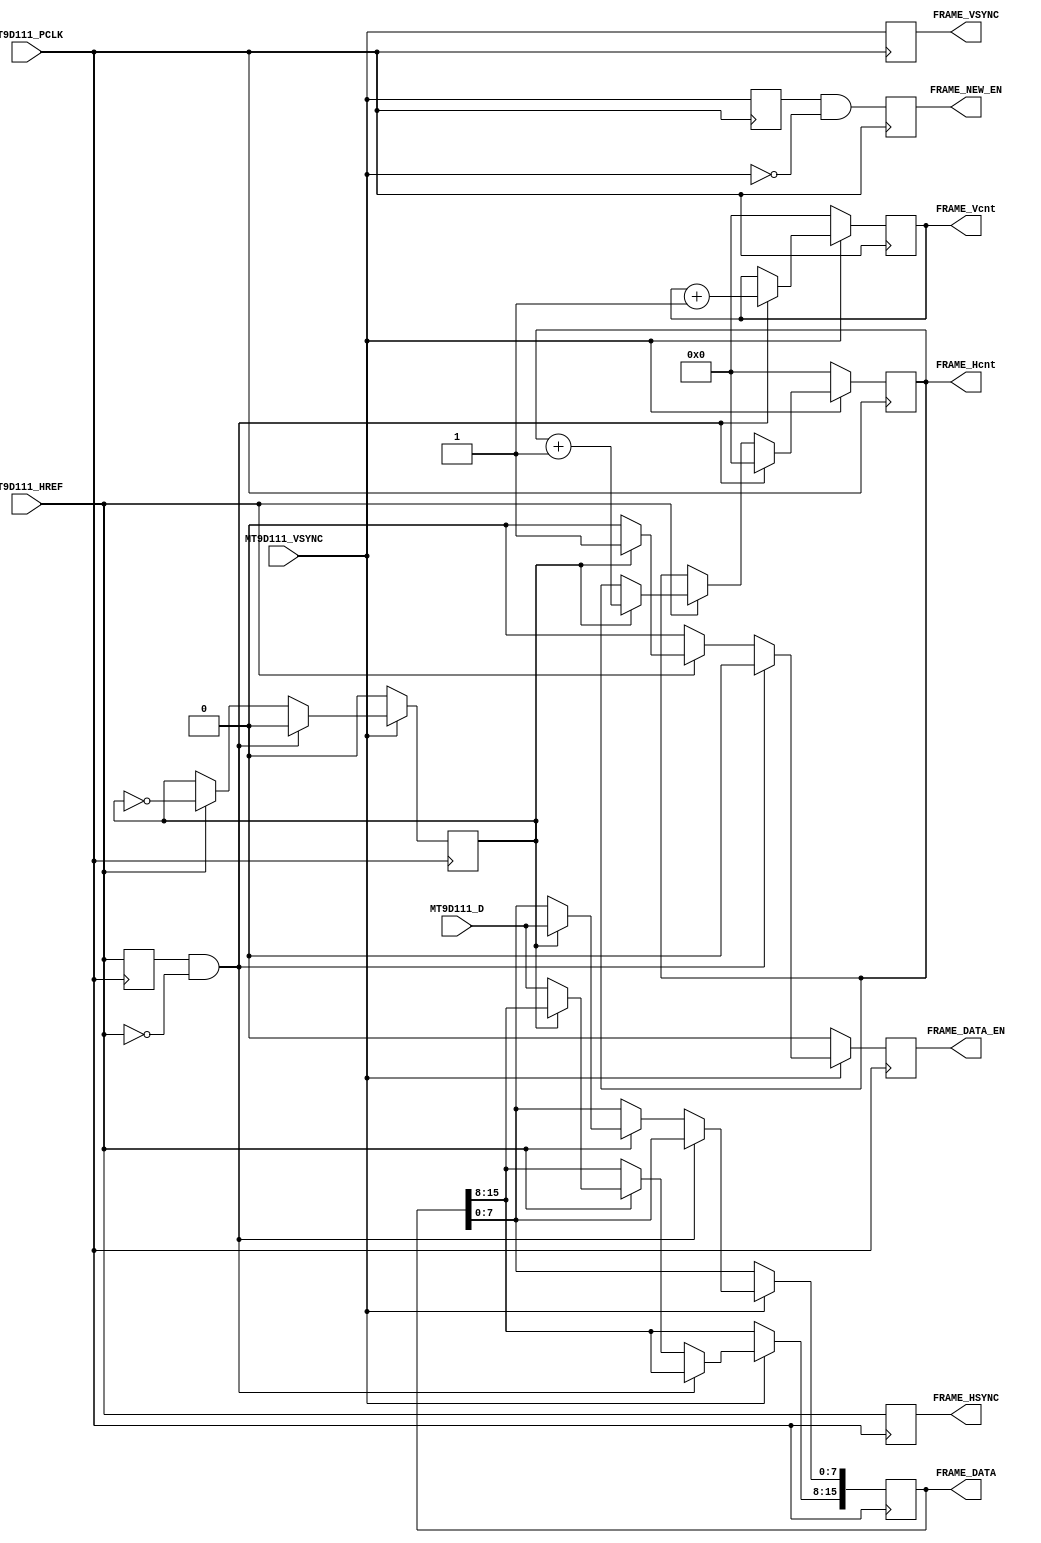
module mt9d111_controller(
	input	wire			MT9D111_PCLK,
	input	wire			MT9D111_VSYNC,
	input	wire			MT9D111_HREF,
	input	wire	[7:0]	MT9D111_D,	
	output	reg		[10:0]	FRAME_Hcnt,
	output	reg		[10:0]	FRAME_Vcnt,
	output	reg		[15:0]	FRAME_DATA,
	output	reg				FRAME_DATA_EN,
	output	reg				FRAME_NEW_EN,
	output	reg				FRAME_HSYNC,
	output	reg				FRAME_VSYNC
	);
//////////////////////////////////////
	reg		MT9D111_HREF_j, MT9D111_VSYNC_j;
	always @(posedge MT9D111_PCLK)
	begin
		MT9D111_HREF_j <= MT9D111_HREF;
		MT9D111_VSYNC_j <= MT9D111_VSYNC;
	end
	wire	MT9D111_HREF_down = (MT9D111_HREF_j && !MT9D111_HREF);
	wire	MT9D111_VSYNC_down = (MT9D111_VSYNC_j && !MT9D111_VSYNC);
	// 
	// qVGA(240x320)
	// rgb565
	reg		HLsel;
	always @(posedge MT9D111_PCLK)
		if(!MT9D111_VSYNC)
		begin
			FRAME_Vcnt <= 0;
			FRAME_Hcnt <= 0;
			HLsel <= 0;
			FRAME_DATA_EN <= 0;
		end
		else if(MT9D111_HREF_down)
		begin
			FRAME_Vcnt <= FRAME_Vcnt + 1;
			FRAME_DATA_EN <= 0;
			FRAME_Hcnt <= 0;
			HLsel <= 0;
		end
		else if(MT9D111_HREF)
		begin
			HLsel <= ~HLsel;
			if(HLsel)
			begin
				FRAME_Hcnt <= FRAME_Hcnt + 1;
				FRAME_DATA[7:0] <= MT9D111_D;
				FRAME_DATA_EN <= 1;
			end
			else
			begin
				FRAME_DATA[15:8] <= MT9D111_D;
				FRAME_DATA_EN <= 0;
			end
		end
		else
			FRAME_DATA_EN <= 0;
			
	//
	always @(posedge MT9D111_PCLK)
		FRAME_NEW_EN <= MT9D111_VSYNC_down;
	
	//	
	always @(posedge MT9D111_PCLK)
	begin
		FRAME_HSYNC <= MT9D111_HREF;
		FRAME_VSYNC <= MT9D111_VSYNC;
	end
///////////////////////////////////
endmodule